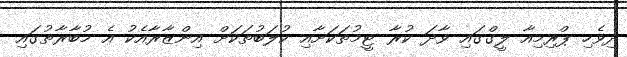
ދިވެހި ޕްރިމިއާ ލީގްގައި ވާދަ ކުރާ ޓީމުތަކަށާއި ކުލަބުތަކަށް އިންޒާރާއެކު އެ މުބާރާތުގައި